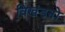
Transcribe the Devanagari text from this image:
विखंडनों